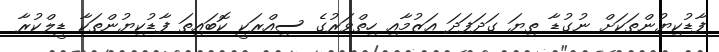
ފާޑުކިޔުންތަކަށް ނުގުޑާ ތިޔަ ގަދަފަދަ އަޒުމާއި ހިތްވަރުގެ ސިއްރަކީ ކޮބައިތަ ފާޑުކިޔުންތަކާ ޑީލްކުރާ